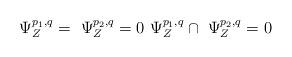
LaTeX: \begin{align*} \ \Psi_Z^{p_1,q}= \ \Psi_Z^{p_2,q}=0 \ \Psi_Z^{p_1,q} \cap \ \Psi_Z^{p_2,q}=0\end{align*}